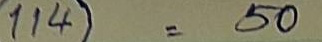
114 = 50